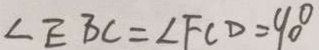
\angle E B C = \angle F C D = 9 0 ^ { \circ }